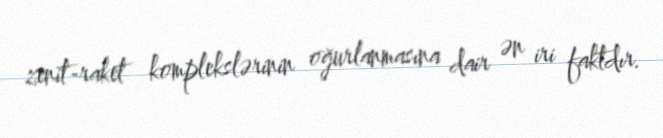
zenit-raket komplekslərinin oğurlanmasına dair ən iri faktdır.